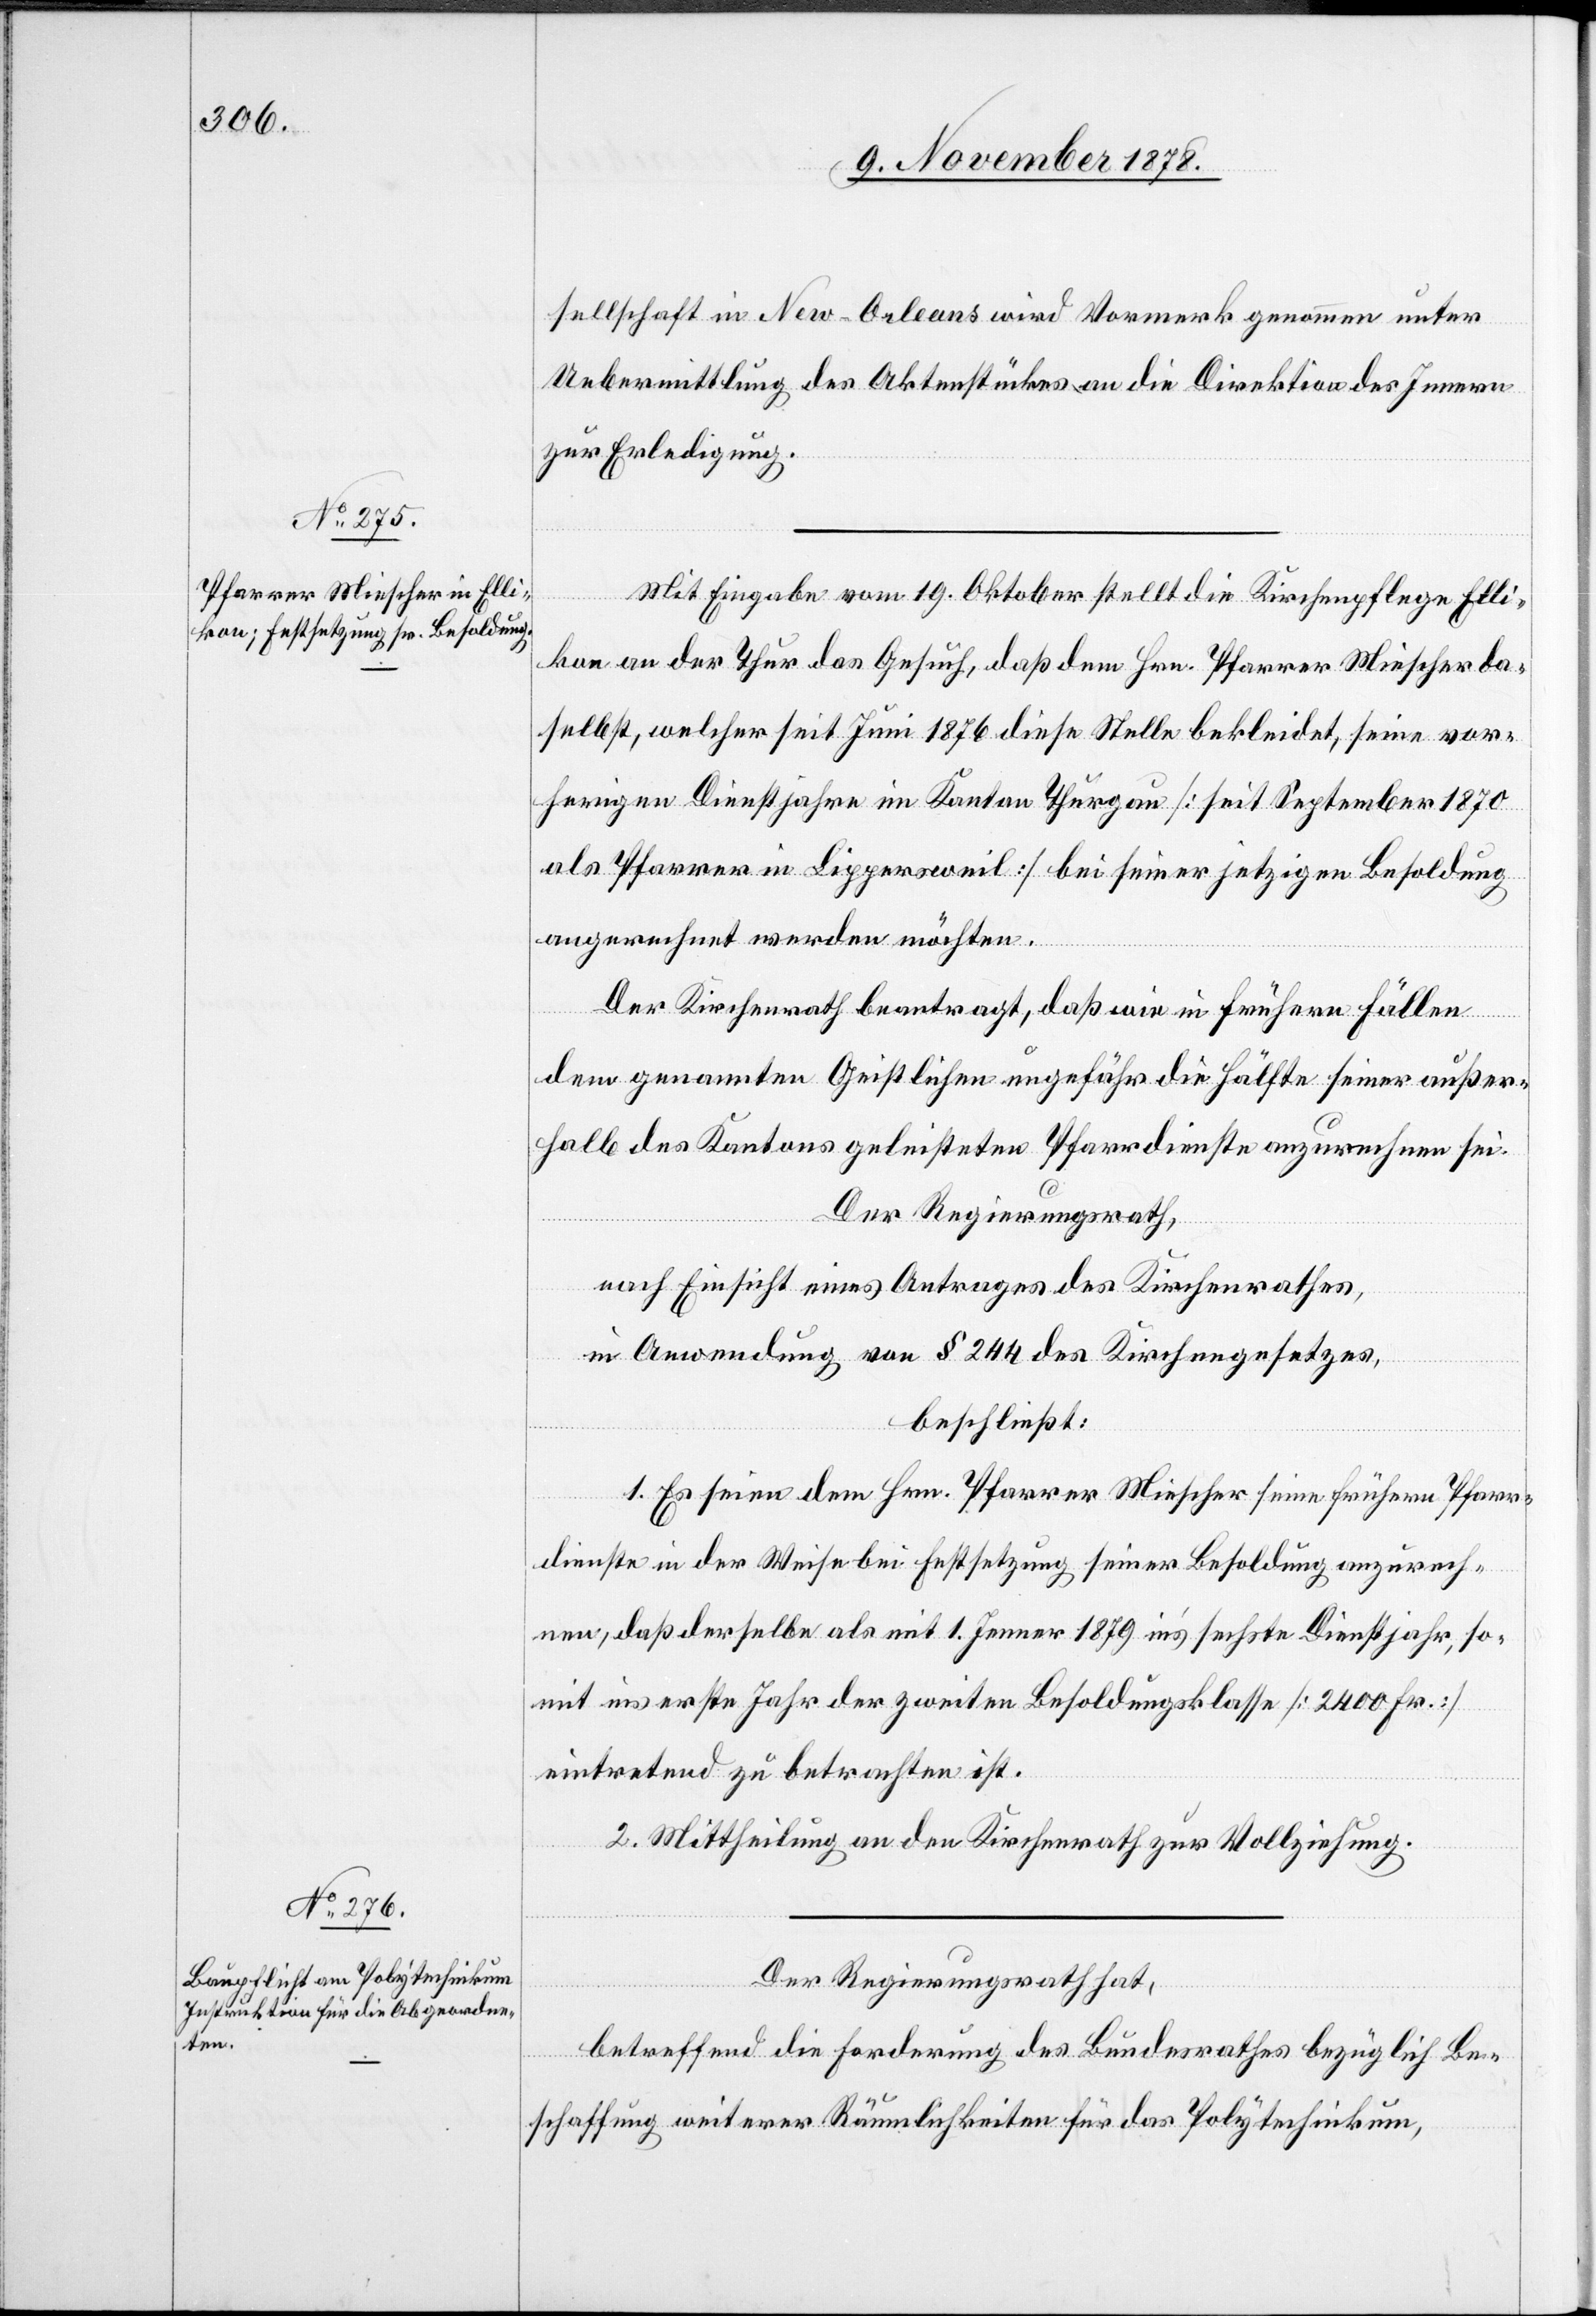
sellschaft in New-Orleans wird Vormerk genommen unter
Uebermittlung des Aktenstückes an die Direktion des Innern
zur Erledigung.
Mit Eingabe vom 19. Oktober stellt die Kirchenpflege Elli¬
kon an der Thur das Gesuch, daß dem Hrn. Pfarrer Miescher da¬
selbst, welcher seit Juni 1876 diese Stelle bekleidet, seine vor¬
herigen Dienstjahre im Kanton Thurgau [seit September 1870
als Pfarrer in Lippersweil] bei seiner jetzigen Besoldung
angerechnet werden möchten.
Der Kirchenrath beantragt, daß wie in frühern Fällen
dem genannten Geistlichen ungefähr die Hälfte seiner außer¬
halb des Kantons geleisteten Pfarrdienste anzurechnen sei.
Der Regierungsrath,
nach Einsicht eines Antrages des Kirchenrathes,
in Anwendung von § 244 des Kirchengesetzes,
beschließt:
1. Es seien dem Hrn. Pfarrer Miescher seine frühern Pfarr¬
dienste in der Weise bei Festsetzung seiner Besoldung anzurech¬
nen, daß derselbe als mit 1. Jenner 1879 in’s sechste Dienstjahr, so¬
mit ins erste Jahr der zweiten Besoldungsklasse [2400 Fr.]
eintretend zu betrachten ist.
2. Mittheilung an den Kirchenrath zur Vollziehung.
Der Regierungsrath hat,
betreffend die Forderung des Bundesrathes bezüglich Be¬
schaffung weiterer Räumlichkeiten für das Polytechnikum,